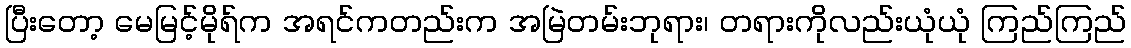
ပြီးတော့ မေမြင့်မိုရ်က အရင်ကတည်းက အမြဲတမ်းဘုရား၊ တရားကိုလည်းယုံယုံ ကြည်ကြည်